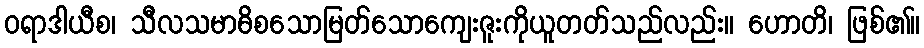
ဝရာဒါယီစ၊ သီလသမာဓိစသောမြတ်သောကျေးဇူးကိုယူတတ်သည်လည်း။ ဟောတိ၊ ဖြစ်၏။